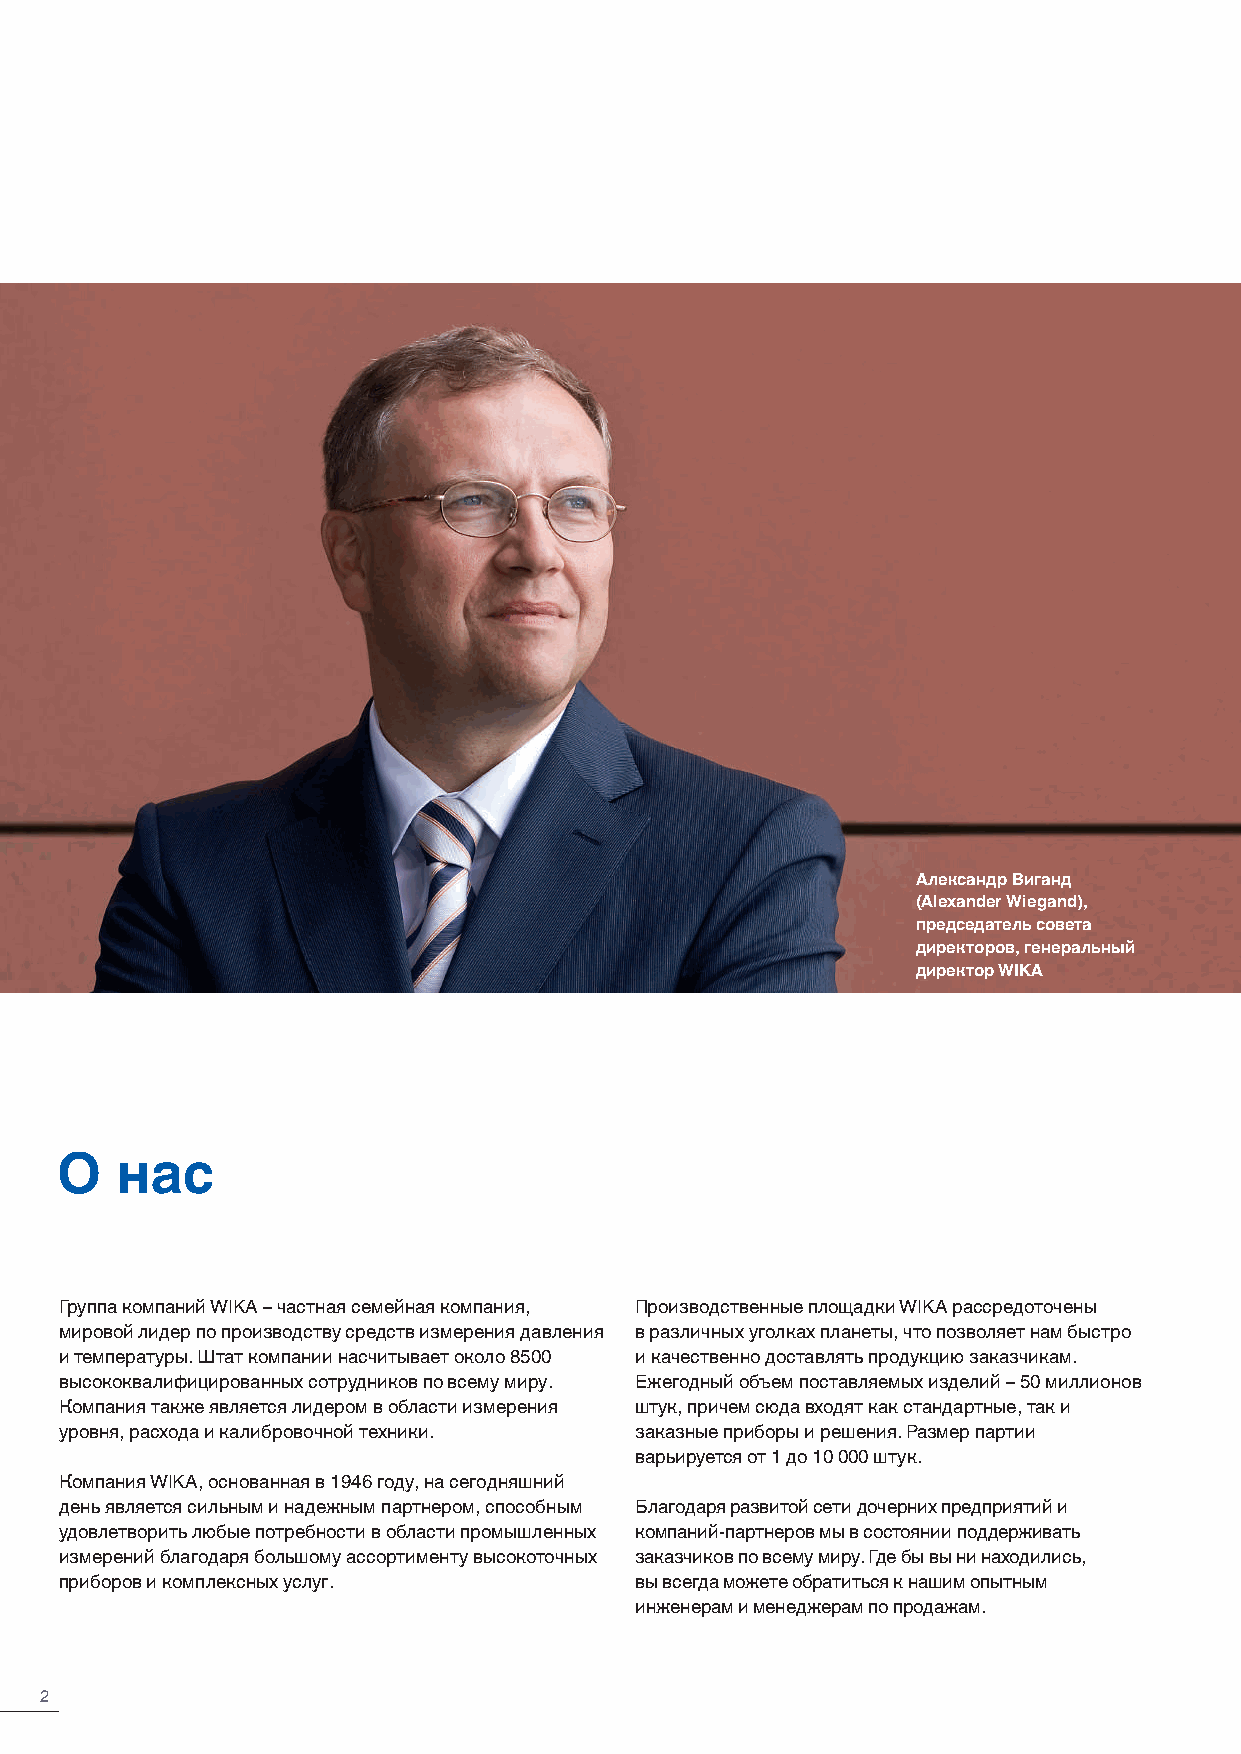
Александр Виганд
 (Alexander Wiegand),
 председатель совета
 директоров, генеральный
 директор WIKA
 О   нас
 Группа компаний WIKA – частная семейная компания, Производственные площадки WIKA рассредоточены
 мировой лидер по производству средств измерения давления в различных уголках планеты, что позволяет нам быстро
 и температуры. Штат компании насчитывает около 8500 и качественно доставлять продукцию заказчикам.
 высококвалифицированных сотрудников по всему миру. Ежегодный объем постав ляемых изделий – 50 миллионов
 Компания также является лидером в области измерения штук, причем сюда входят как стандартные, так и
 уровня, расхода и калибровочной техники. заказные приборы и решения. Размер партии
 варьируется от 1 до 10 000 штук.
 Компания WIKA, основанная в 1946 году, на сегодняшний
 день является сильным и надежным партнером, способным Благодаря развитой сети дочерних предприятий и
 удовлетворить любые потребности в области промышленных компаний-пар тнеров мы в состоянии поддерживать
 измерений благодаря большому ассортименту высокоточных заказчиков по всему миру. Где бы вы ни находились,
 приборов и комплексных услуг.         вы всегда можете обратиться к нашим опытным
 инженерам и менеджерам по продажам.
 2